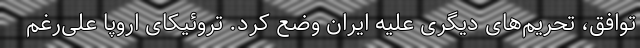
توافق، تحریم‌های دیگری علیه ایران وضع کرد. تروئیکای اروپا علی‌رغم